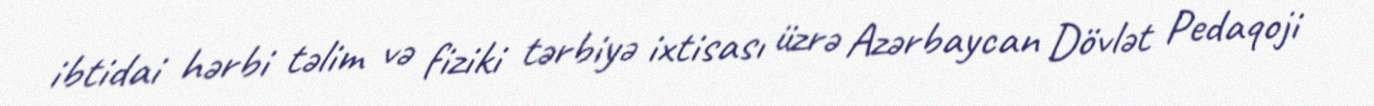
ibtidai hərbi təlim və fiziki tərbiyə ixtisası üzrə Azərbaycan Dövlət Pedaqoji